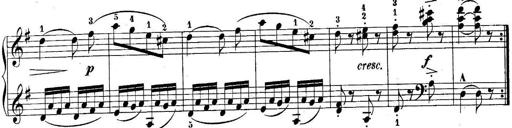
Title: 10 Sonatines progressives
Composer: Anton Schmoll